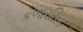
કળારસિક